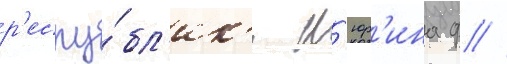
р'еспу́бл'ик'и н'юр'ина ф //